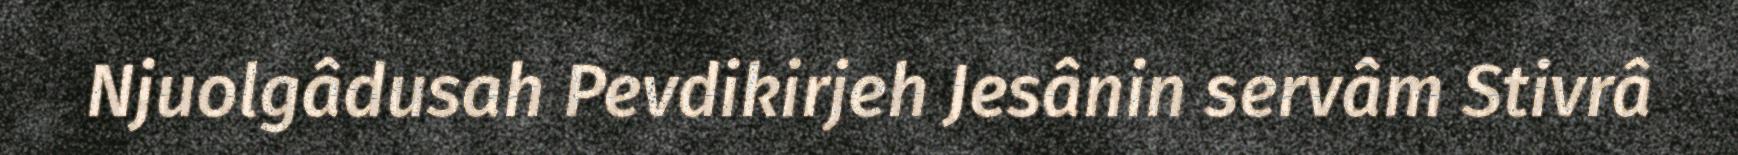
Njuolgâdusah Pevdikirjeh Jesânin servâm Stivrâ